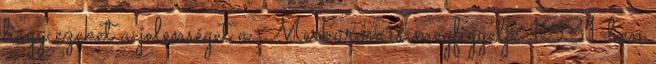
hogy ezeket a jelenséget a Merkúron is megfigyelje 1631-ben